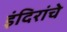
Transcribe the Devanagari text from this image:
इंदिरांचे